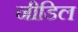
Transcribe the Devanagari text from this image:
नीडिल